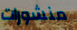
منشورات